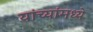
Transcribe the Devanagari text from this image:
यांच्यांमध्ये